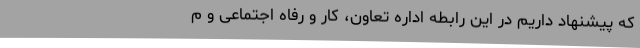
که پیشنهاد داریم در این رابطه اداره تعاون، کار و رفاه اجتماعی و م